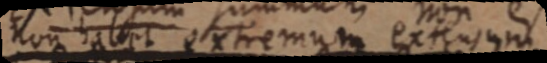
non habet extremum extensum